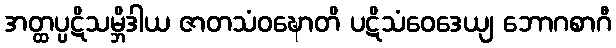
အတ္ထပ္ပဋိသမ္ဘိဒါယ ဇာတသံဝဍ္ဎောတိ ပဋိသံဝေဒေယျ ဘောဂစာဂီ